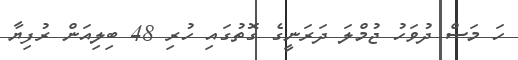
ހަ މަސް ދުވަހު ޖުމްލަ ދަރަނީގެ ގޮތުގައި ހުރި 48 ބިލިއަން ރުފިޔާ